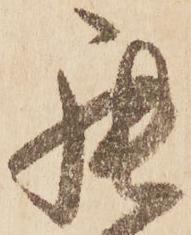
罷